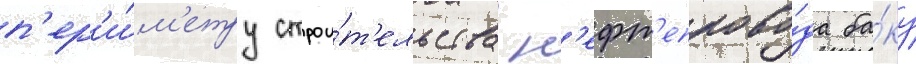
п'ер'и́м'етру строи́т'ельства н'ефт'епрово́да ба́ку